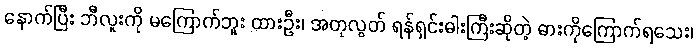
နောက်ပြီး ဘီလူးကို မကြောက်ဘူး ထားဦး၊ အတုလွတ် ရန်ရှင်းဓါးကြီးဆိုတဲ့ ဓားကိုကြောက်ရသေး၊